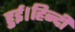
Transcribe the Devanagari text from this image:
हुई।हिन्दी